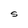
Character: S